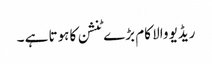
ریڈیو والا کام بڑے ٹنشن کا ہوتا ہے ۔